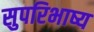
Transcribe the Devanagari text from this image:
सुपरिभाष्य